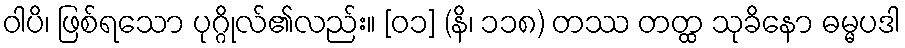
ဝါပိ၊ ဖြစ်ရသော ပုဂ္ဂိုလ်၏လည်း။ [၀၁] (နိ၊ ၁၁၈) တဿ တတ္ထ သုခိနော ဓမ္မပဒါ